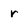
Character: r